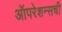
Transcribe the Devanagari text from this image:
ऑपरेशन्सची